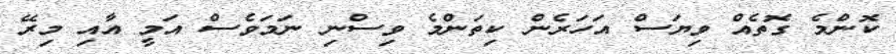
ކޮންމެ ގޮތެއް ވިޔަސް އަހަރެން ކިތަންމެ ވިސްނި ނަމަވެސް އަމީ އާއި މިރޭ